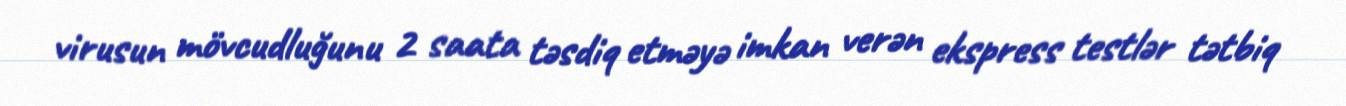
virusun mövcudluğunu 2 saata təsdiq etməyə imkan verən ekspress testlər tətbiq